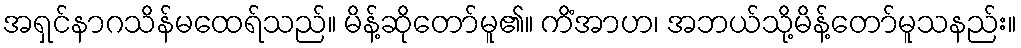
အရှင်နာဂသိန်မထေရ်သည်။ မိန့်ဆိုတော်မူ၏။ ကိံအာဟ၊ အဘယ်သို့မိန့်တော်မူသနည်း။